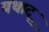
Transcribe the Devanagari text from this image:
यथादृ